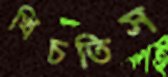
খিচতিস